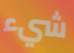
شيء